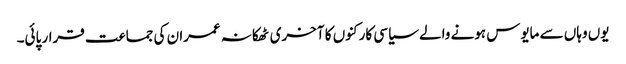
یوں وہاں سے مایوس ہونے والے سیاسی کارکنوں کا آخری ٹھکانہ عمران کی جماعت قرار پائی۔